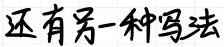
还有另一种写法